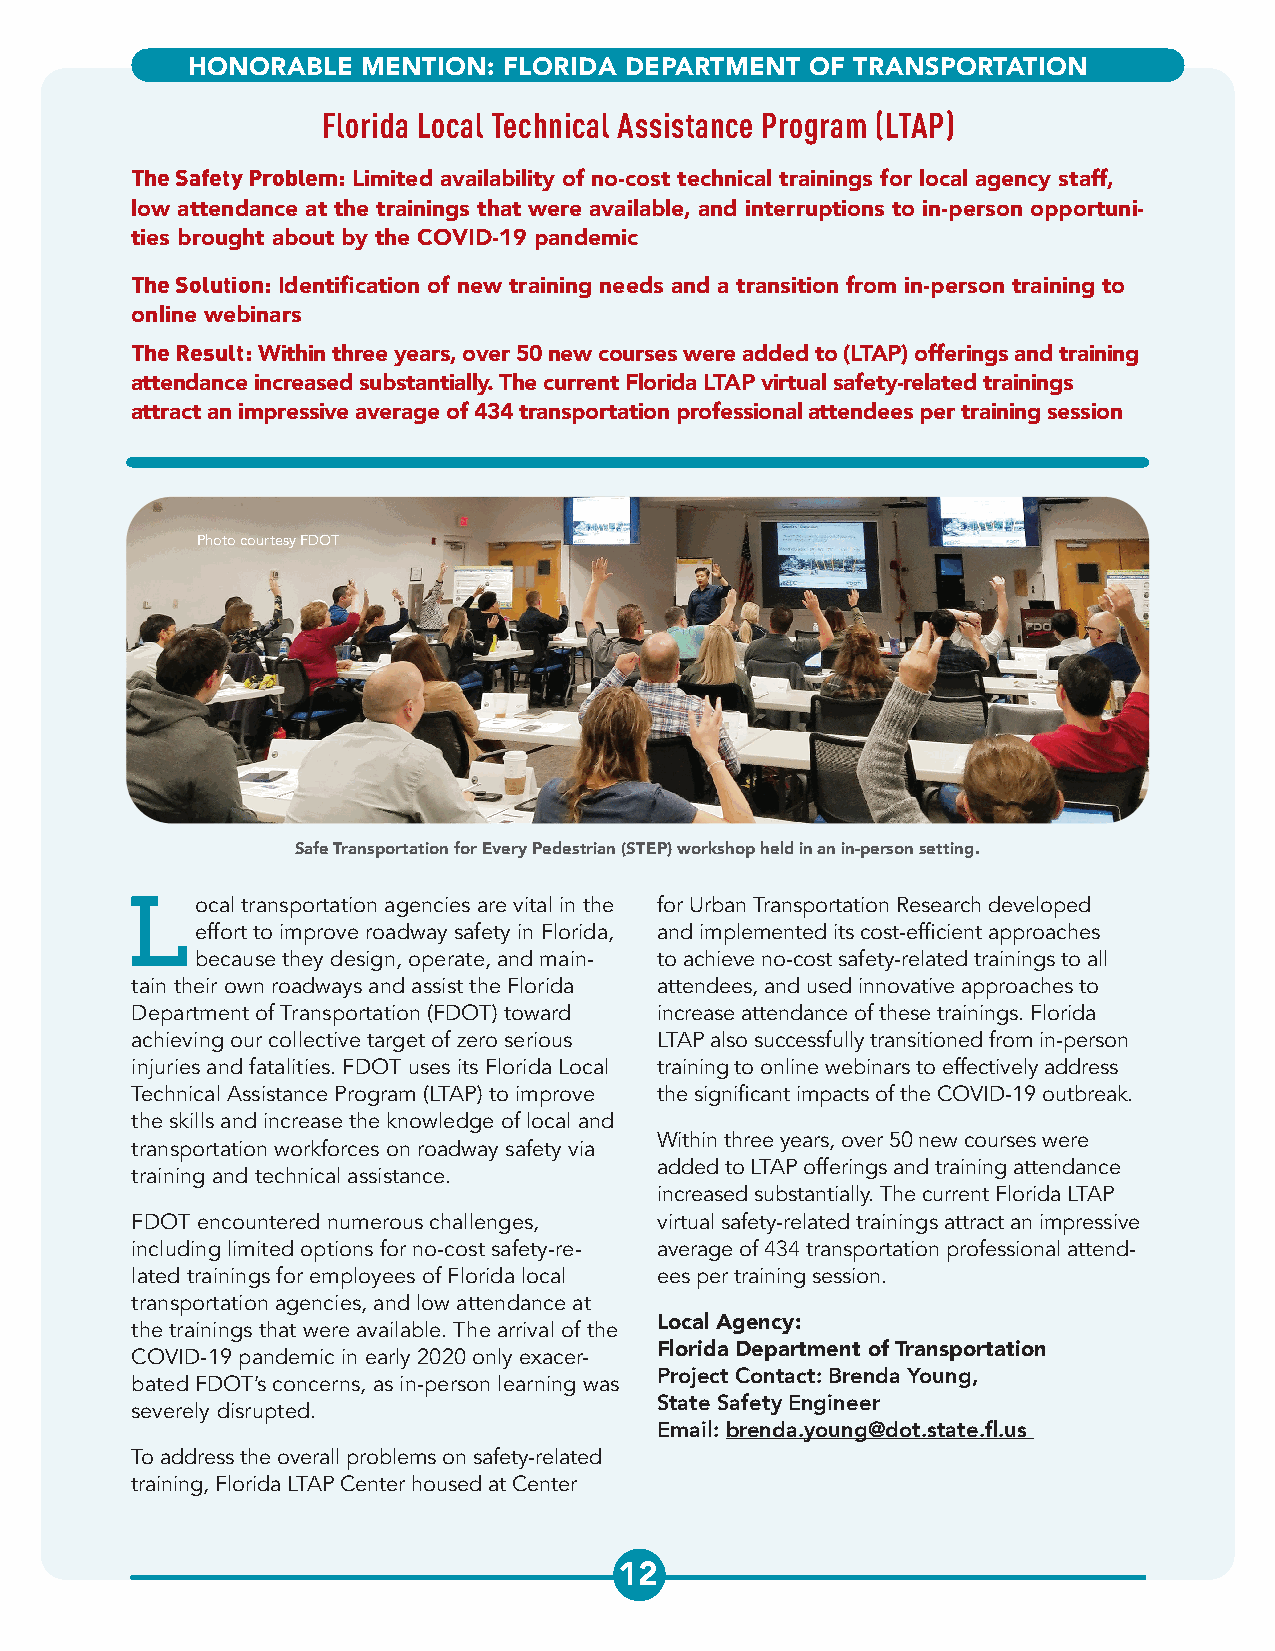
HONORABLE   MENTION: FLORIDA DEPARTMENT   OF TRANSPORTATION
 Florida Local Technical Assistance Program (LTAP)
 The Safety Problem: Limited availability of no-cost technical trainings for local agency staff,
 low attendance at the trainings that were available, and interruptions to in-person opportuni-
 ties brought about by the COVID-19 pandemic
 The Solution: Identification of new training needs and a transition from in-person training to
 online webinars
 The Result: Within three years, over 50 new courses were added to (LTAP) offerings and training
 attendance increased substantially. The current Florida LTAP virtual safety-related trainings
 attract an impressive average of 434 transportation professional attendees per training session
 Photo courtesy FDOT
 Safe Transportation for Every Pedestrian (STEP) workshop held in an in-person setting.
 Local   transportation agencies are vital in the for Urban Transportation Research developed
 effort to improve roadway safety in Florida, and implemented its cost-efficient approaches
 because they design, operate, and main- to achieve no-cost safety-related trainings to all
 tain their own roadways and assist the Florida attendees, and used innovative approaches to
 Department of Transportation (FDOT) toward increase attendance of these trainings. Florida
 achieving our collective target of zero serious LTAP also successfully transitioned from in-person
 injuries and fatalities. FDOT uses its Florida Local training to online webinars to effectively address
 Technical Assistance Program (LTAP) to improve the significant impacts of the COVID-19 outbreak.
 the skills and increase the knowledge of local and
 Within three years, over 50 new courses were
 transportation workforces on roadway safety via
 added to LTAP offerings and training attendance
 training and technical assistance.
 increased substantially. The current Florida LTAP
 FDOT encountered numerous challenges, virtual safety-related trainings attract an impressive
 including limited options for no-cost safety-re- average of 434 transportation professional attend-
 lated trainings for employees of Florida local ees per training session.
 transportation agencies, and low attendance at
 the trainings that were available. The arrival of the Local Agency:
 COVID-19 pandemic in early 2020 only exacer- Florida Department of Transportation
 bated FDOT’s concerns, as in-person learning was Project Contact: Brenda Young,
 severely disrupted.                State Safety Engineer
 Email: brenda.young@dot.state.fl.us
 To address the overall problems on safety-related
 training, Florida LTAP Center housed at Center
 12